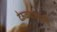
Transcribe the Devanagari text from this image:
देऊळवाडेयासि